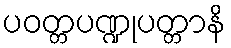
ပဝတ္တပဏ္ဍုပတ္တာနိ